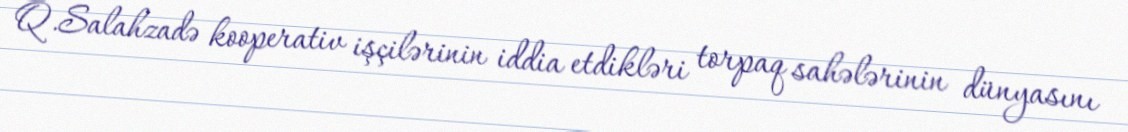
Q.Salahzadə kooperativ işçilərinin iddia etdikləri torpaq sahələrinin dünyasını